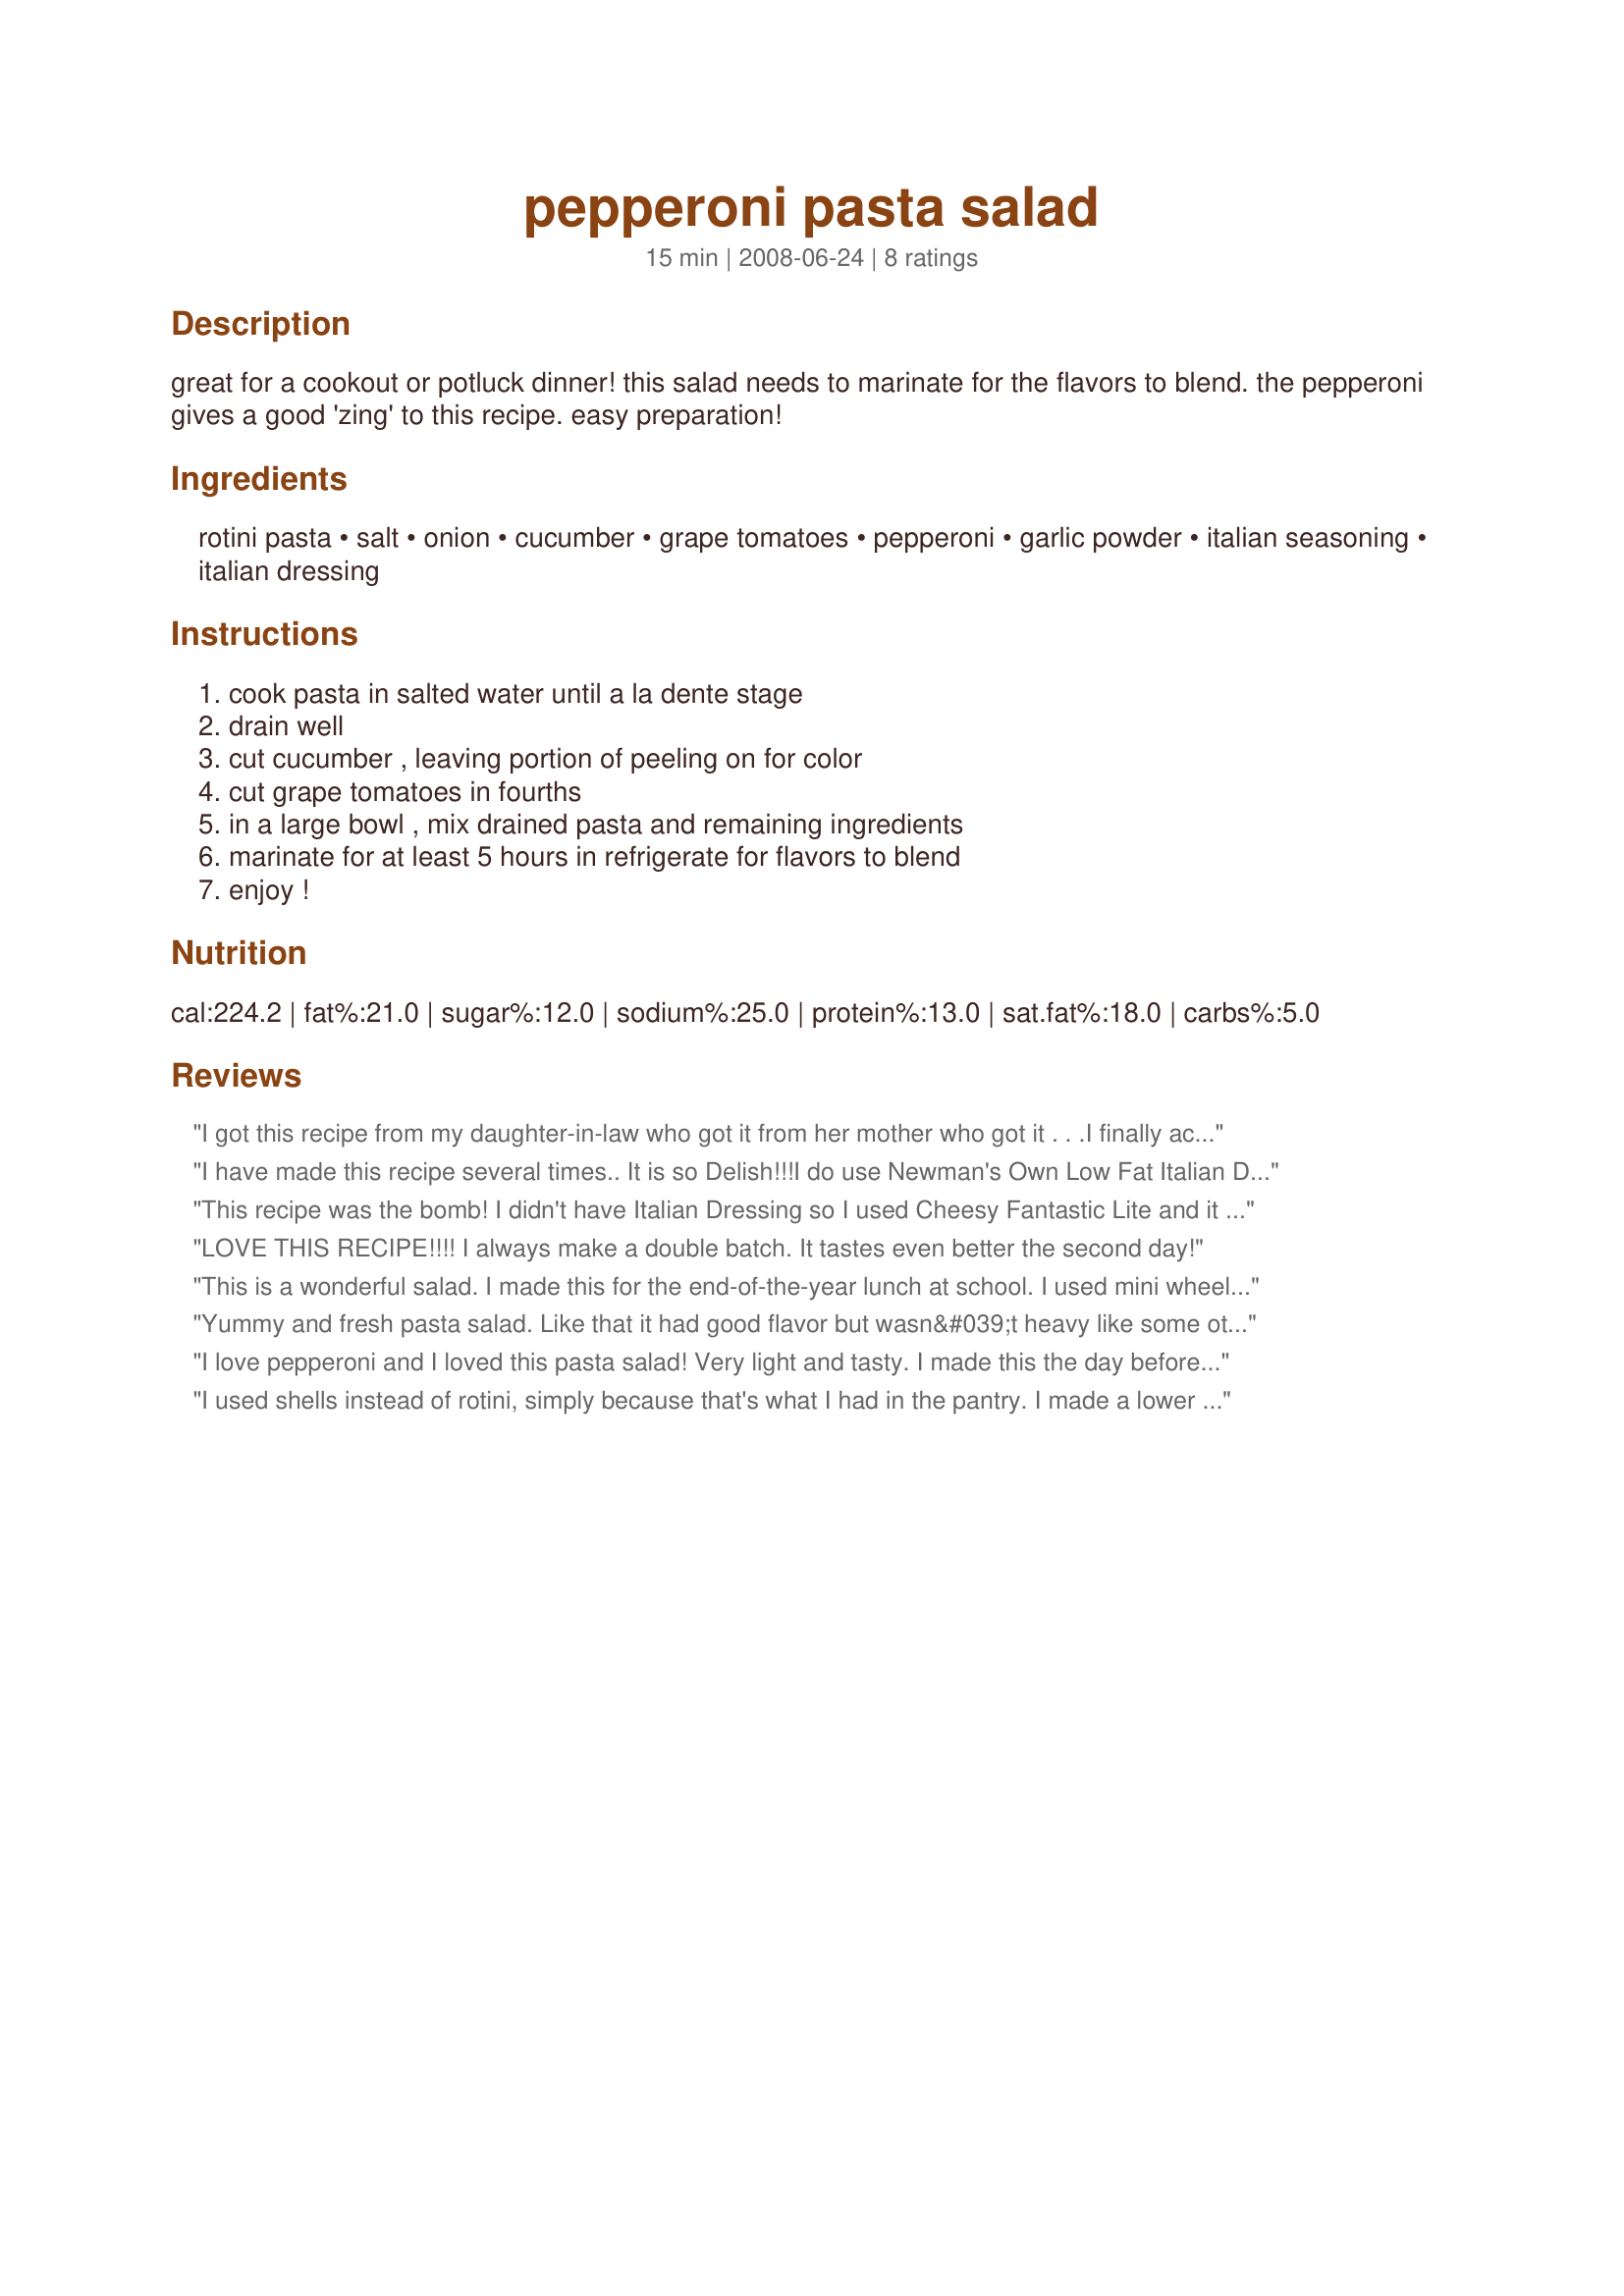
pepperoni pasta salad
Preparation time: 15 minutes

great for a cookout or potluck dinner! this salad needs to marinate for the flavors to blend. the pepperoni gives a good 'zing' to this recipe. easy preparation!

Ingredients:
rotini pasta, salt, onion, cucumber, grape tomatoes, pepperoni, garlic powder, italian seasoning, italian dressing

Steps:
cook pasta in salted water until a la dente stage, drain well, cut cucumber , leaving portion of peeling on for color, cut grape tomatoes in fourths, in a large bowl , mix drained pasta and remaining ingredients, marinate for at least 5 hours in refrigerate for flavors to blend, enjoy !

Reviews:
I got this recipe from my daughter-in-law who got it from her mother who got it . . .I finally accumulated enough to make it this afternoon. I didn't think to quarter the tomatoes which would work them in better. I might have been lacking a couple of ingredients but as a last resort I had to get the larger channel lock pliers out to get the lid open. That was on a fresh jar of pesto, I put a tablespoon or two of that in it. Success. Yay! I had to cut everything up real small because I'm missing a lot of teeth so it was a nuisance and had to do it all the hard way but I tried some tricks I've seen in videos with my dull knife. Anyway, I love this recipe, too, and am glad I was finally able to make it. Wow. I only cooked a one pound box of rotini and it makes a huge amount, adjusted the other ingredients accordingly.
I have made this recipe several times.. It is so Delish!!!<br/>I do use Newman's Own Low Fat Italian Dressing. <br/>My family just loves it & It's a perfect meal on a hot summers day..
This recipe was the bomb! I didn't have Italian Dressing so I used Cheesy Fantastic Lite and it came out perfect. I will most definately be using this recipe as a go to in warm weather. Thank you so much for sharing. Hmmm think I'll go have some now!
LOVE THIS RECIPE!!!! I always make a double batch. It tastes even better the second day!
This is a wonderful salad. I made this for the end-of-the-year lunch at school. I used mini wheel pasta because that was what I had on hand. I also added cheese crumbles ahd bacon bits. Made for Summer Salad Snapshots. I will make this again.
Yummy and fresh pasta salad. Like that it had good flavor but wasn&#039;t heavy like some other similar pasta salads. I think this would hold up well at picnics especially, since it doesn&#039;t have mayo and cheese.
I love pepperoni and I loved this pasta salad! Very light and tasty. I made this the day before my shoulder surgery and ate it every day for lunch for a week. Thanks, Seasoned Cook for another winner.
Donna
I used shells instead of rotini, simply because that's what I had in the pantry. I made a lower fat version with low-fat salad dressing and turkey pepperoni. I thought this was an excellent recipe for a hot day! IT tasted better on the second day, of course. It would be great with some bacon bits, too or some red pepper flakes.
